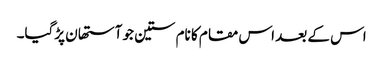
اس کے بعد اس مقام کا نام ستین جو آستھان پڑگیا۔